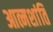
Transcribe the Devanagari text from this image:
आत्मशांति